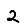
Digit: 2